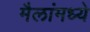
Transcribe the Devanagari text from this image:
मैलांमध्ये